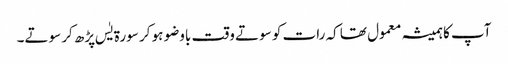
آپ کاہمیشہ معمول تھا کہ رات کو سوتے وقت باوضو ہو کر سورۃ یٰس پڑھ کر سوتے۔